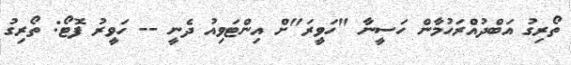
ތޯރިގު އަބްދުއްރަހުމާން ހަސީނާ "ހަވީރަ"ށް އިންޓަވިއު ދެނީ -- ހަވީރު ފޮޓޯ: ތޯރިގު